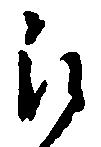
被